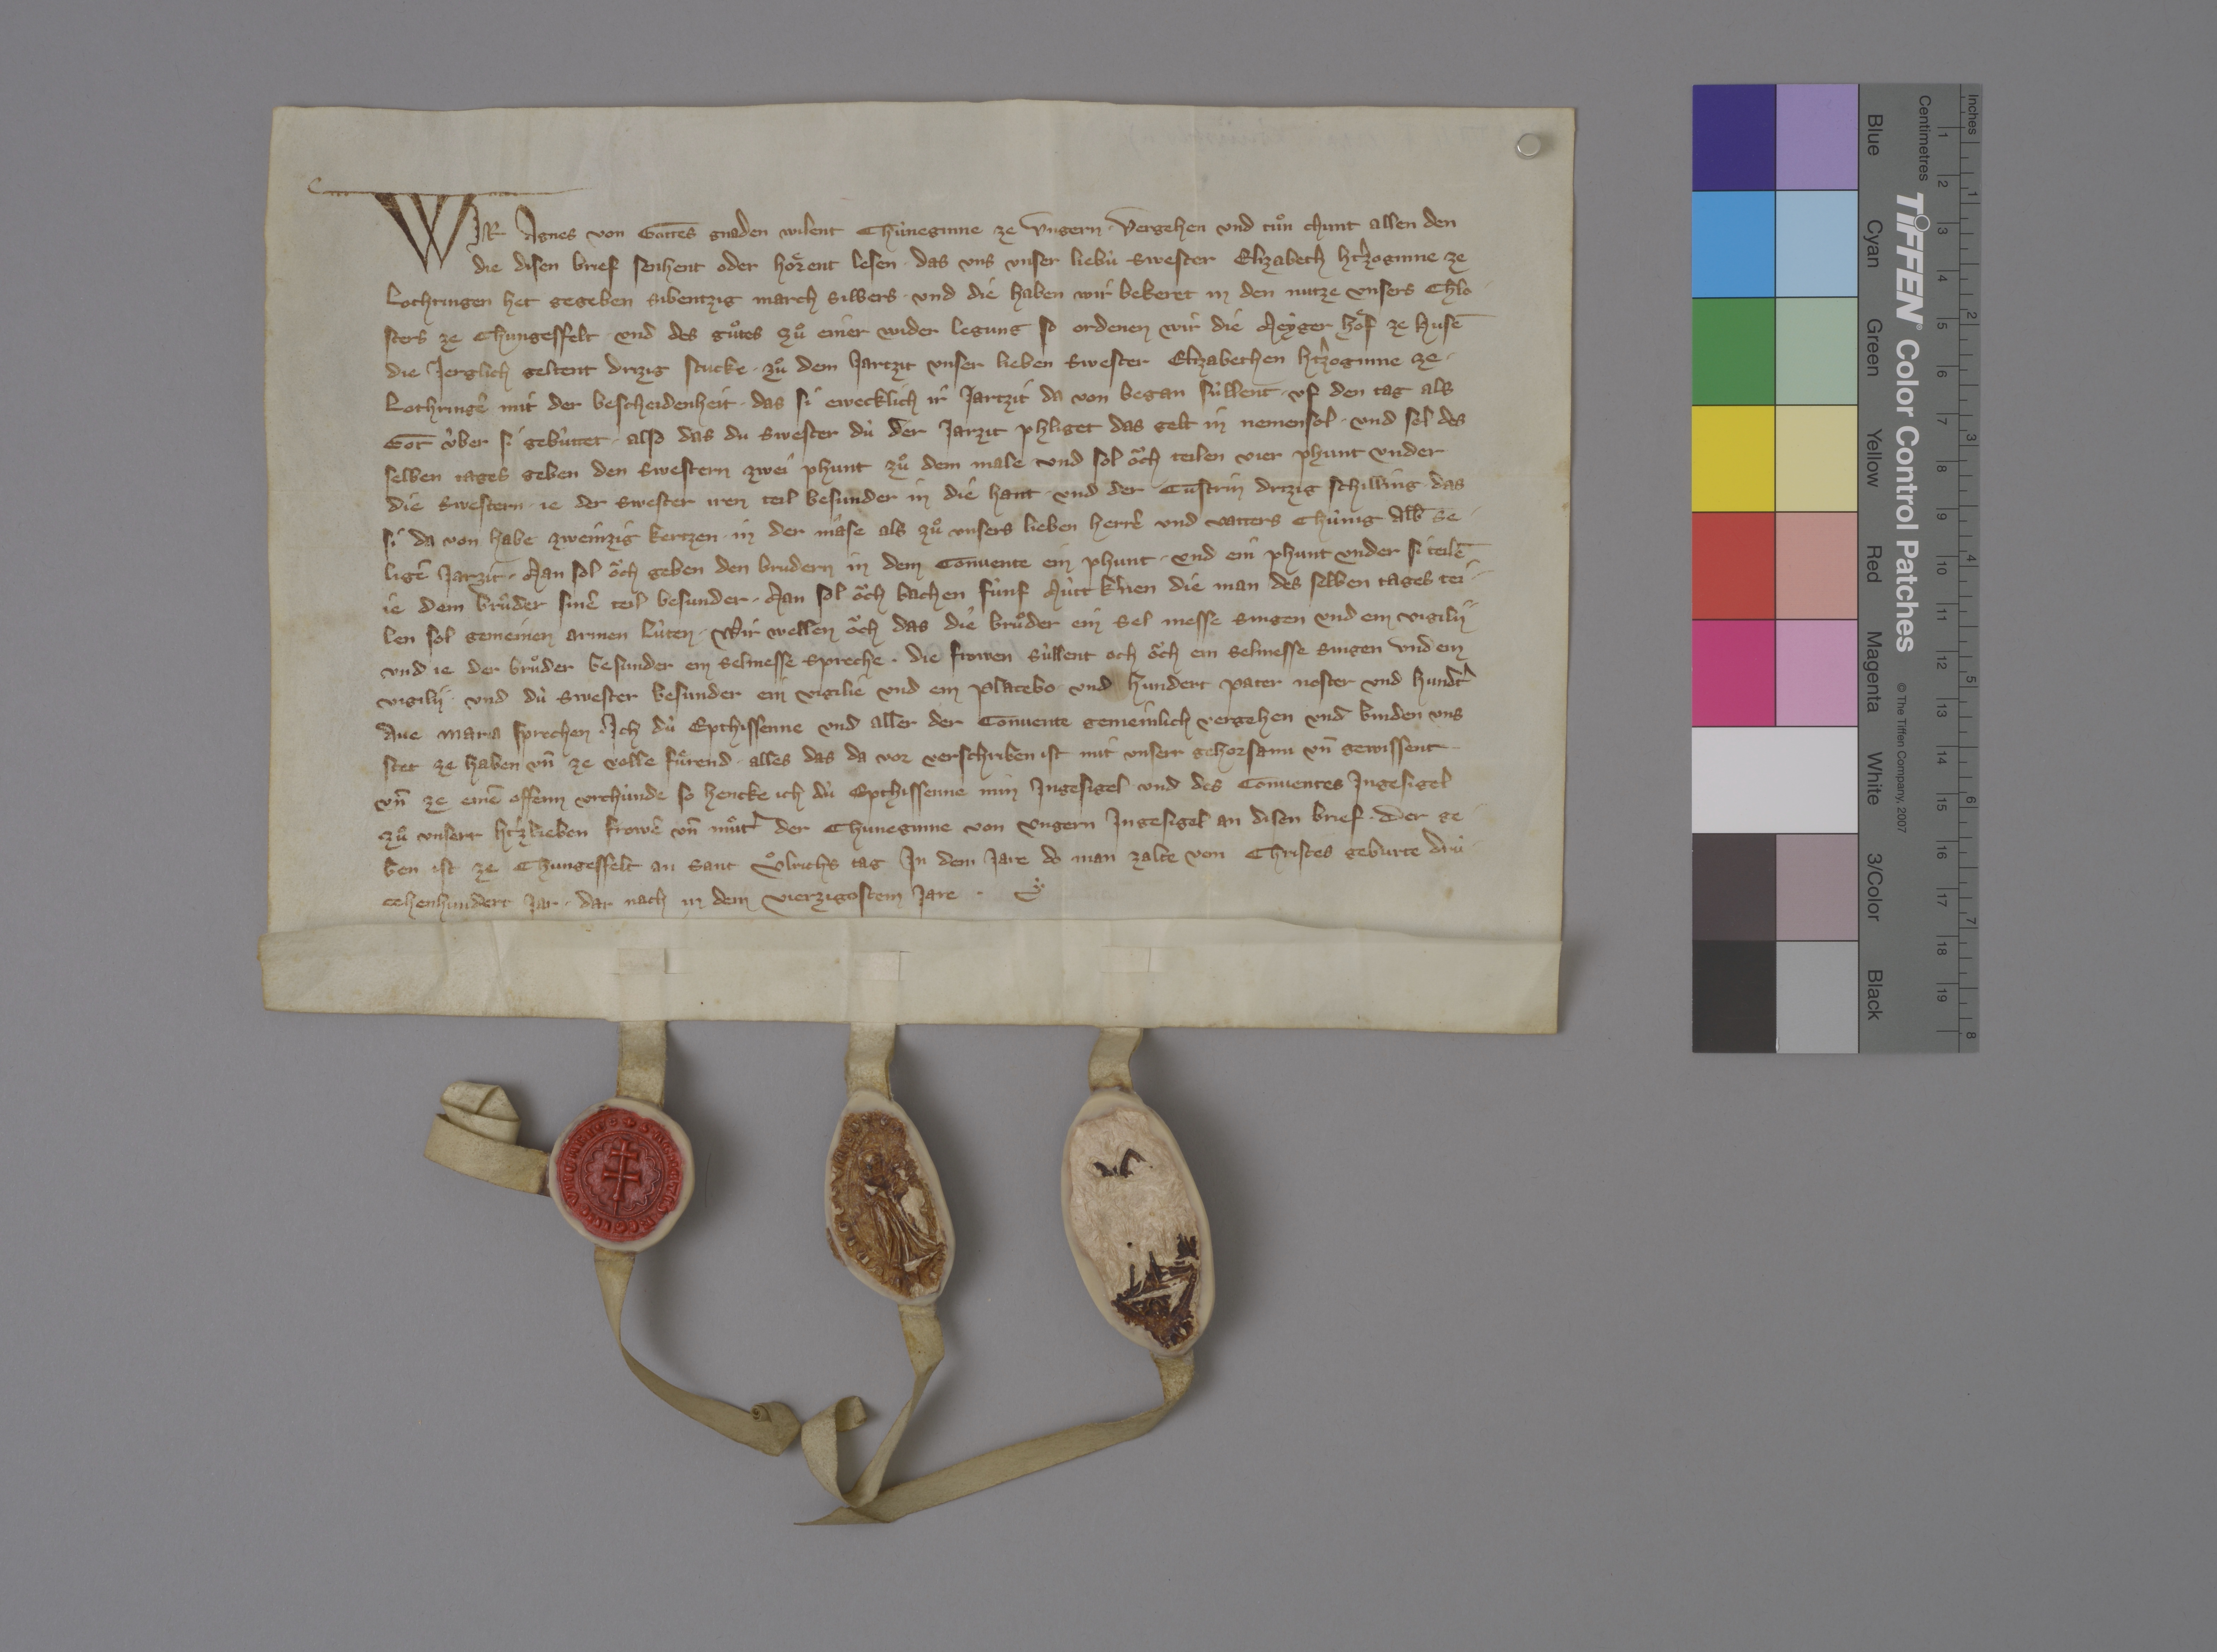
Wir, Agnes, von gottes gnaden wilent chuneginne ze Ungern, ✳ vergehen und tuͦn chunt allen den,
die disen brief senhent oder hoͤrent lesen, ✳ das uns unser liebù swester Elizabeth, htˀzoginne ze
Lothringen, het gegeben sibentzig march silbers. ✳ und die haben wir bekeret in den nutze unsers chlo¬
sters ze Chungesfelt. ✳ und des guͦtes zuͦ einer wider legung, so ordenen wir die meyger hoͤf ze Husē,
die jerglich geltent drizig stucke ✳ zuͦ dem jartzit unser lieben swester Elizabethen, htˀzoginne ze ✳
Lothringē mit der bescheidenheit, ✳ das si ewecklich ir jartzit da von began sùllen ✳ uf den tag als
got ùber si gebùttet. ✳ also das du swester, dù der jarzit phliget das gelt in nemen sol ✳ und sol des
selben tages geben den swestern zwei phunt zuͦ dem male ✳ und sol oͧch teilen vier phunt under
die swestern, je der swester iren teil besunder in die hant ✳ und der custrin dritzig schilling, ✳ das
si da von habe zweinzig kertzen ✳ in der mâse als zuͦ unsers lieben herrē und vatters, chunig Alb̄, se¬
ligē, jarzit. ✳ man sol oͧch geben den brudern in dem convente ein phunt ✳ und ein phunt under si teilē,
je dem bruͦder sinē teil besunder. ✳ man sol oͧch bachen fùnf mùtt kˀnen, die man des selben tages tei¬
len sol gemeinen armen lùten. ✳ wir wellen oͧch, das die bruͦder ein sel messe singen und ein vigily
und je der bruͦder besunder ein selmesse spreche. ✳ die frowen sùllent och oͧch ein selmesse singen und ein
vigily und dù swester besunder ein vigilie und ein placebo ✳ und hundert pater noster und hundtˀ
ave Maria sprechen. ✳ ich, dù epthissenne, und aller der convente gemeinlich vergehen und binden uns
stet ze haben un̄ ze volle fuͤrend ✳ alles, das da vor geschriben ist mit unsern gehorsami un̄ gewissent
un̄ ze einē offenn urchùnde, so hencke ich, dù epthissenne, min ingesigel und des conventes ingesigel
zuͦ unser htˀzlieben frowē un̄ muͦtˀ der chuneginne von Ungern ingesigel an diesen brief, ✳ der ge¬
ben ist ze Chungesfelt an sant Uͦlrichs tag in dem jare, do man zalte von Christes geburte drù¬
zehenhundert jar, ✳ dar nach in dem vierzigosten jare. ✳